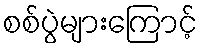
စစ်ပွဲများကြောင့်